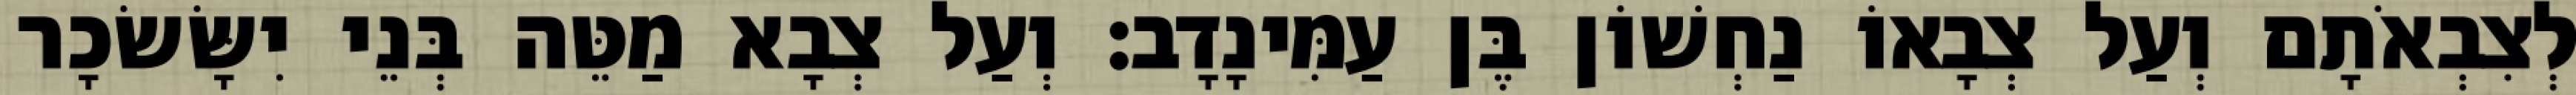
לְצִבְאֹתָם וְעַל צְבָאוֹ נַחְשׁוֹן בֶּן עַמִּינָדָב׃ וְעַל צְבָא מַטֵּה בְּנֵי יִשָּׂשׂכָר